system: You are a helpful assistant.
user:
Analyze the provided spectrum to determine if it is a **S-type Star**.

- **Key Indicators for S-type Star:**

    - **(Overall Spectrum Shape):** The first and most obvious characteristic is the overall continuum (the "baseline" shape). It is **extremely "red-sloping,"** meaning the flux (light intensity) is very low on the left side (blue, ~4000-4500 Å) and rises steeply and continuously toward the right side (red, ~7000 Å+).

    - **(Primary):** The spectrum is defined by the presence of strong, broad molecular absorption "valleys" (bands) from **Zirconium Oxide (ZrO)**. The identification of these bands is the **primary requirement** for classifying a star as S-type.
        - **(Key Bandheads):** You must find distinct, deep "dips" where the light has been absorbed. The most critical band systems to locate are:
            - **~6474 Å** ($\gamma$-system): This is often the strongest and clearest ZrO feature, found in the red part of the spectrum.
            - **~5718 Å** & **~5551 Å** ($\beta$-system): A pair of prominent absorption features in the yellow-orange part of the spectrum.
            - **~4640 Å** ($\alpha$-system): A key absorption band system in the blue-green region of the spectrum.

    - **(Secondary Confirmation):** The classification is strengthened by finding additional absorption bands from other related heavy element oxides, which are expected to be present alongside ZrO.
        - **(Key Bandheads):**
            - **Yttrium Oxide (YO):** Look for absorption dips near **~4800 Å** and **~6100 Å**.
            - **Lanthanum Oxide (LaO):** Additional absorption features, particularly in the red-orange part of the spectrum, are also characteristic.

    - **(Line Profile):** The combination of the steep red continuum and these numerous, deep molecular bands (ZrO, YO, etc.) gives the entire spectrum a very **"chopped-up"** or **"bumpy"** appearance. Instead of a smooth curve, the spectrum looks as though large, wide chunks of light have been "carved out" of it at the specific wavelengths listed above.

Think first, call **spectral_visualization_tool** if needed to examine features in detail, then provide your final answer. Your response must adhere to the following strict rules:
1.  **Overall Structure:** Your response must follow the format `<think>...</think> <tool_call>...</tool_call> (if a tool is used) <answer>...</answer>`.
2.  **Tool Usage Constraint:** You may only make **one** tool call per turn.
3.  **Final Answer Format:** In the `<answer>` tag, your conclusion must be inside a `\boxed{}` command (e.g., `\boxed{YES}` or `\boxed{NO}`), followed by your justification.

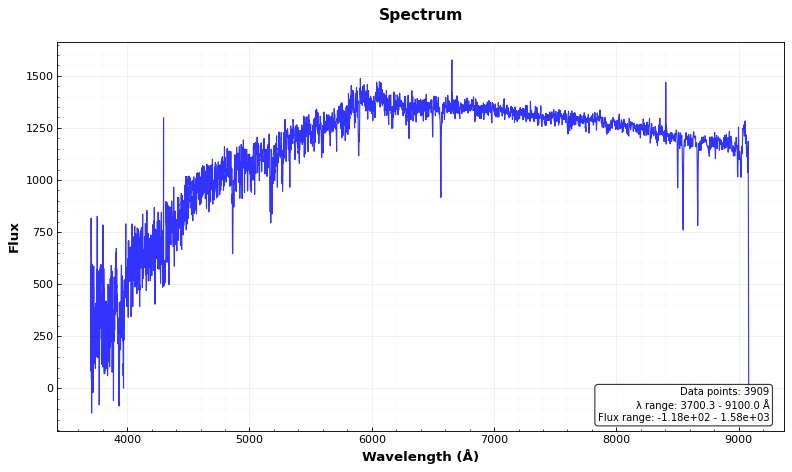
Answer: NO